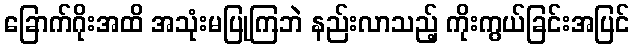
ခြောက်ဂိုးအထိ အသုံးမပြုကြဘဲ နည်းလာသည့် ကိုးကွယ်ခြင်းအပြင်